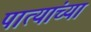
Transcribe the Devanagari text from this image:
पात्यांच्या